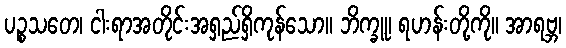
ပဉ္စသတေ၊ ငါးရာအတိုင်းအရှည်ရှိကုန်သော။ ဘိက္ခူ၊ ရဟန်းတို့ကို။ အာရဗ္ဘ၊